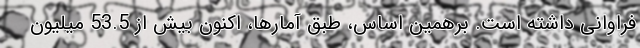
فراوانی داشته است. برهمین اساس، طبق آمارها، اکنون بیش از 53.5 میلیون